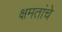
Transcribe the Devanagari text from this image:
क्षमतांचे